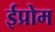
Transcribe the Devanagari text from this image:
ईप्रोम